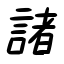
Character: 諸